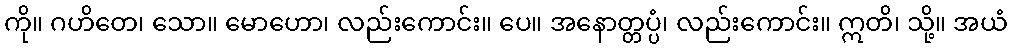
ကို။ ဂဟိတေ၊ သော။ မောဟော၊ လည်းကောင်း။ ပေ။ အနောတ္တပ္ပံ၊ လည်းကောင်း။ ဣတိ၊ သို့။ အယံ